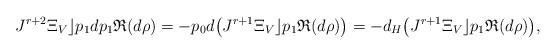
LaTeX: \begin{gather*}J^{r+2}\Xi_V\rfloor p_1dp_1 \mathfrak{R}(d\rho) = - p_0d\big( J^{r+1}\Xi_V \rfloor p_1 \mathfrak{R}(d\rho) \big) = - d_H\big( J^{r+1}\Xi_V \rfloor p_1 \mathfrak{R}(d\rho) \big),\end{gather*}